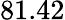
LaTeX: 81.42